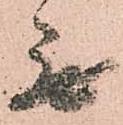
無